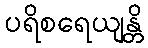
ပရိစရေယျန္တိ